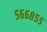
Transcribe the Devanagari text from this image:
५६६८५५